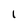
Character: 1